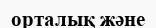
орталық және